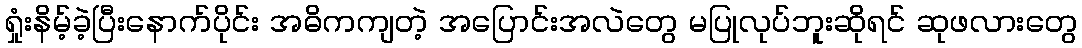
ရှုံးနိမ့်ခဲ့ပြီးနောက်ပိုင်း အဓိကကျတဲ့ အပြောင်းအလဲတွေ မပြုလုပ်ဘူးဆိုရင် ဆုဖလားတွေ